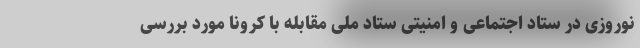
نوروزی در ستاد اجتماعی و امنیتی ستاد ملی مقابله با کرونا مورد بررسی